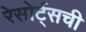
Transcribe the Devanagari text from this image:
रेसोर्ट्सची